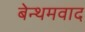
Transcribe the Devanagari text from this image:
बेन्थमवाद